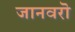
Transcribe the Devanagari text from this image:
जानवरॊ